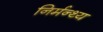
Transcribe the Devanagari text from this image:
निर्मन्थ्य